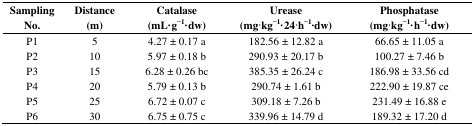
| Sampling No. | Distance (m) | Catalase (mL·g−1·dw) | Urease (mg∙kg−1·24∙h−1∙dw) | Phosphatase (mg∙kg−1·h−1·dw) |
 | --- | --- | --- | --- | --- |
 | P1 | 5 | 4.27 ± 0.17 a | 182.56 ± 12.82 a | 66.65 ± 11.05 a |
 | P2 | 10 | 5.97 ± 0.18 b | 290.93 ± 20.17 b | 100.27 ± 7.46 b |
 | P3 | 15 | 6.28 ± 0.26 bc | 385.35 ± 26.24 c | 186.98 ± 33.56 cd |
 | P4 | 20 | 5.79 ± 0.13 b | 290.74 ± 1.61 b | 222.90 ± 19.87 ce |
 | P5 | 25 | 6.72 ± 0.07 c | 309.18 ± 7.26 b | 231.49 ± 16.88 e |
 | P6 | 30 | 6.75 ± 0.75 c | 339.96 ± 14.79 d | 189.32 ± 17.20 d |